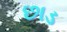
છાડ